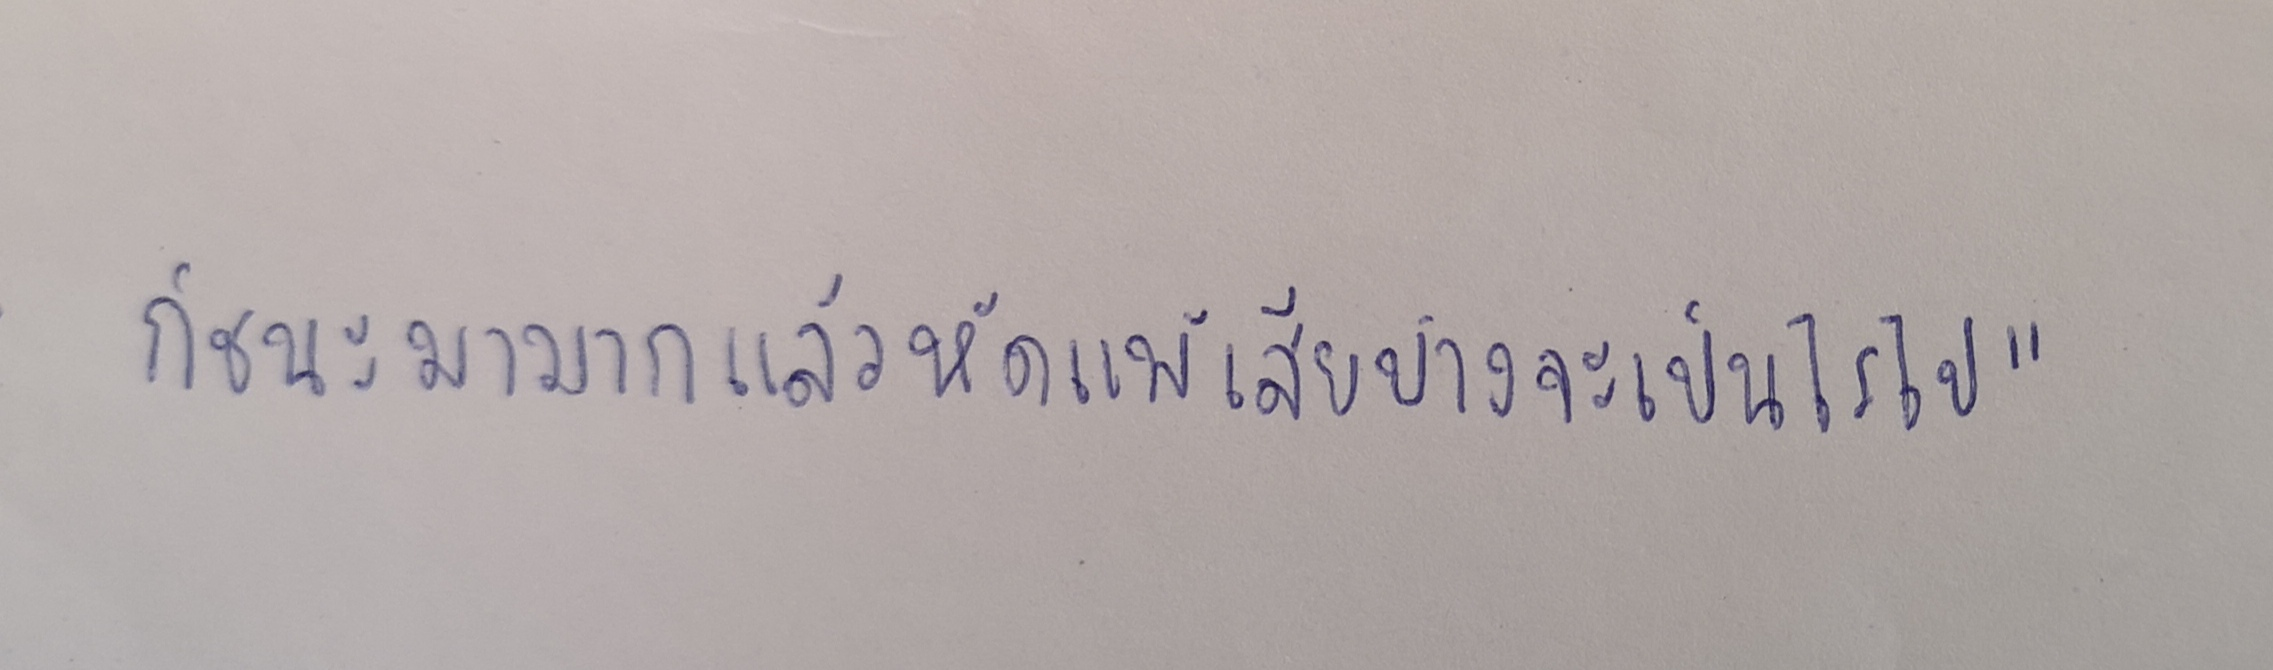
ก็ชนะมามากแล้วหัดแพ้เสียบ้างจะเป็นไรไป"